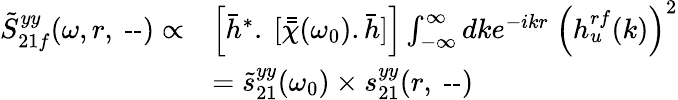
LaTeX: \begin{array}{rl}{\tilde{S}_{21f}^{yy}(\omega,r,~\textrm{--})\propto}&{\Big[\bar{h}^{*}.~[\bar{\bar{\chi}}{(\omega_{0})}.\bar{h}]\Big]\int_{-\infty}^{\infty}dke^{-ikr}~\Big(h_{u}^{rf}(k)\Big)^{2}}\\ &{=\tilde{s}_{21}^{yy}(\omega_{0})\times s_{21}^{yy}(r,~\textrm{--})}\end{array}